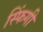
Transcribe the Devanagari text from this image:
स्फिंगी